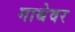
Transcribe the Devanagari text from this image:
गाथेवर